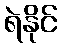
ရဲနိုင်